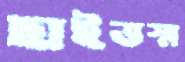
ছাইভস্ম